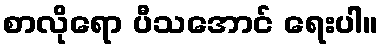
စာလိုရော ပီသအောင် ရေးပါ။